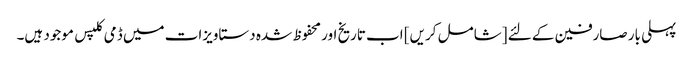
پہلی بار صارفین کے لئے [شامل کریں] اب تاریخ اور محفوظ شدہ دستاویزات میں ڈمی کلپس موجود ہیں۔